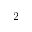
2